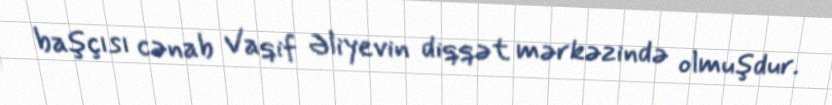
başçısı cənab Vaqif Əliyevin diqqət mərkəzində olmuşdur.